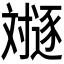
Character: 𬩛